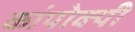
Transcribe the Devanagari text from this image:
कांपोक्पी